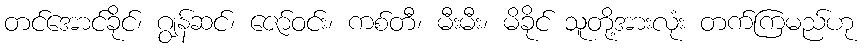
တင်အောင်ခိုင်၊ ဂျွန်ဆင်၊ ဇော်ဝင်း၊ ကစ်တီ၊ မီးမီး၊ မိခိုင် သူတို့အားလုံး တက်ကြမည်ဟု